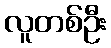
လူတစ်ဦး